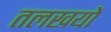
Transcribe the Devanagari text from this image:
तलखयों